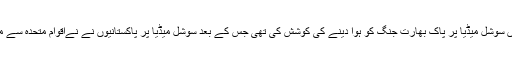
یاد رہے کہ بالی وڈ اداکارہ پریانکا چوپڑا نے مارچ میں سوشل میڈیا پر پاک بھارت جنگ کو ہوا دینے کی کوشش کی تھی جس کے بعد سوشل میڈیا پر پاکستانیوں نے نےاقوام متحدہ سے مطالبہ کیا تھا کہ اداکارہ کو گُڈ ول ایمبیسڈر ہٹایا جائے۔